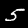
Digit: 5